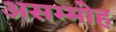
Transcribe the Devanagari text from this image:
असम्मोह